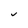
Character: v